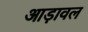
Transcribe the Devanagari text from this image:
आड़ावल